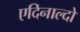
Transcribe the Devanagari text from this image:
एदिनाल्दो